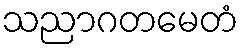
သညာဂတမေတံ